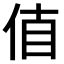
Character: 𠉊